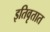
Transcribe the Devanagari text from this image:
इतिवृतात